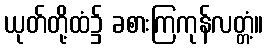
ယုတ်တို့ထံ၌ ခစားကြကုန်လတ္တံ့။